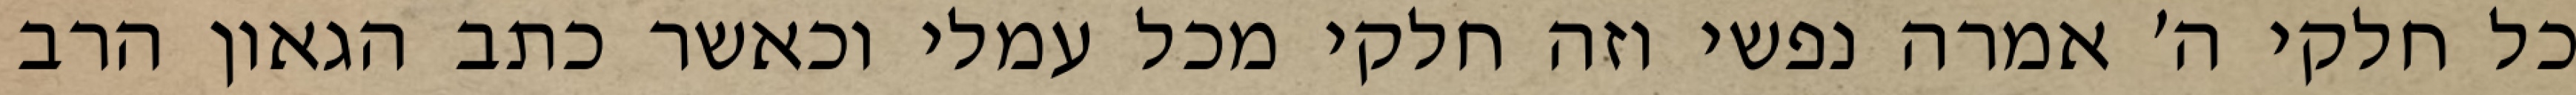
כל חלקי ה׳ אמרה נפשי וזה חלקי מכל עמלי וכאשר כתב הגאון הרב